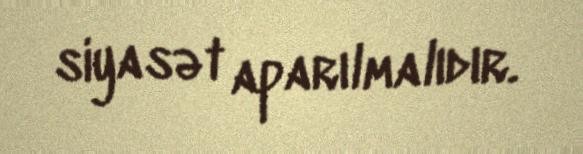
siyasət aparılmalıdır.